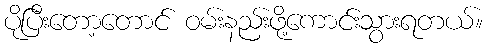
ပိုပြီးတော့တောင် ဝမ်းနည်းဖို့ကောင်းသွားရတယ်။